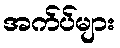
အက်ပ်များ